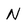
Character: N